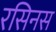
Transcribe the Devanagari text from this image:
रसिनस